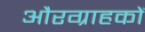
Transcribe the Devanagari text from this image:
औरग्राहकों